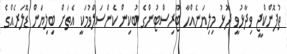
ތުފޮންކްޖީ ވިދާޅުވީ ދޮޅު މިލިޔަނެއްހާ ޓޫރިސްޓުންގެ ބުކިން ކެންސަލްވުމަކީ އެތަށް ބިލިޔަން ޑޮލަރެއްގެ